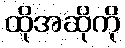
ထိုအဆိုကို